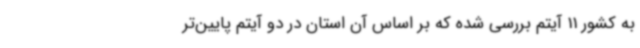
به کشور 11 آیتم بررسی شده که بر اساس آن استان در دو آیتم پایین‌تر